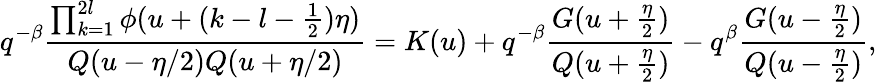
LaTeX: q^{-\beta}\frac{\prod_{k=1}^{2l}\phi(u+(k-l-\frac 12)\eta)}{Q(u-\eta/2)Q(u+\eta/2)}=K(u)+q^{-\beta}\frac{G(u+\frac{\eta}{2})}{Q(u+\frac{\eta}{2})}-q^{\beta}\frac{G(u-\frac{\eta}{2})}{Q(u-\frac{\eta}{2})},